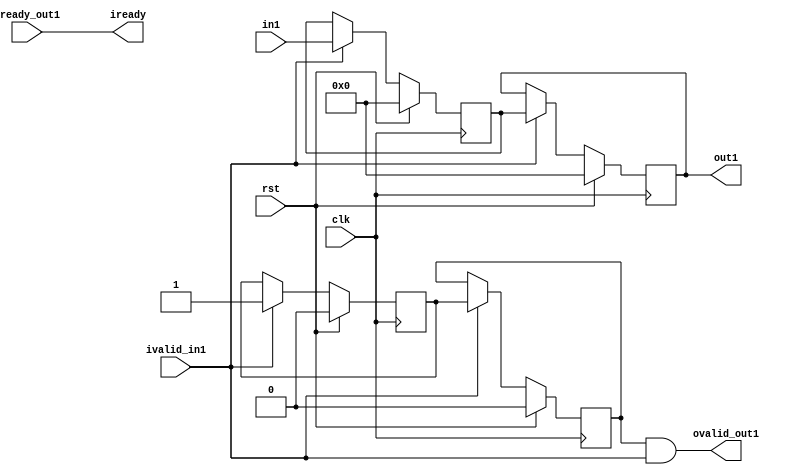
// =============================================================================
// Company              : Unversity of Glasgow, Comuting Science
// Template Author      :        Syed Waqar Nabi
//
// Project Name         : TyTra
//
// Target Devices       : Stratix V 
//
// Generated Design Name: untitled
// Generated Module Name: coriolis_ker1_subker1_y_buff1 
// Generator Version    : R17.0
// Generator TimeStamp  : Thu Dec 19 17:56:07 2019
// 
// Dependencies         : <dependencies>
//
// 
// =============================================================================

// =============================================================================
// General Description
// -----------------------------------------------------------------------------
// Template for axi4 stream compatible buffer used in TyBEC synchronize parallel
// paths with mismatched latencies. 
// Can be used to generate buffer with multiple "taps" for the same data
// ============================================================================= 

module coriolis_ker1_subker1_y_buff1
#(  
    parameter STREAMW = 32
  , parameter SIZE    = 2
)

(
// =============================================================================
// ** Ports 
// =============================================================================
    input                     clk   
  , input                     rst   	
  , output                    iready
  , input                     ivalid_in1
  , input      [STREAMW-1:0]  in1
  
  , output                    ovalid_out1

  , input                     oready_out1

  , output     [STREAMW-1:0]  out1 // at delay = 2 

);

//shift register bank for data, and ovalid(s)
reg [STREAMW-1:0] offsetRegBank [0:SIZE-1];   
reg               valid_shifter [0:SIZE-1];   

//local oready only asserted when *all* outputs are ready
assign oready = 1'b1
  & oready_out1
  ;

//iready when all oready's asserted
assign iready = oready;
              
//tap at relevant delays
//the valid shifter takes care of the initial latency of filling up the buffer
//if ivalid is negated anytime during operation, we simply freeze the stream buffer
//so the valid shifter never gets a "0" in there (and the data shift register never reads 
//invalid data). This contiguity of *valid* data ensures that data of a certain "offset" is 
//always available at a fixed location

assign ovalid_out1 = valid_shifter[2-1] & ivalid_in1;

assign out1 = offsetRegBank[2-1]; // at delay = 2 

//SHIFT write

always @(posedge clk) begin 
  if (rst) begin
    offsetRegBank[0]  <=  32'b0;
    valid_shifter[0]  <=  1'b0;
    offsetRegBank[1]  <=  32'b0;
    valid_shifter[1]  <=  1'b0;
 
  end
  else if (ivalid_in1) begin
    offsetRegBank[0]  <=  in1; 
    valid_shifter[0]  <=  ivalid_in1;
    offsetRegBank[1]  <=  offsetRegBank[1-1];
    valid_shifter[1]  <=  valid_shifter[1-1];

  end else begin
    offsetRegBank[0]  <=  offsetRegBank[0];
    valid_shifter[0]  <=  valid_shifter[0];
    offsetRegBank[1]  <=  offsetRegBank[1];
    valid_shifter[1]  <=  valid_shifter[1];

  end
end

endmodule